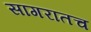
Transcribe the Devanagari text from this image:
सागरातच